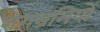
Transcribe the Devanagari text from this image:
रोगभ्रमियों